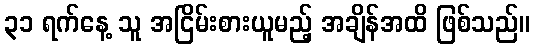
၃၁ ရက်နေ့ သူ အငြိမ်းစားယူမည့် အချိန်အထိ ဖြစ်သည်။